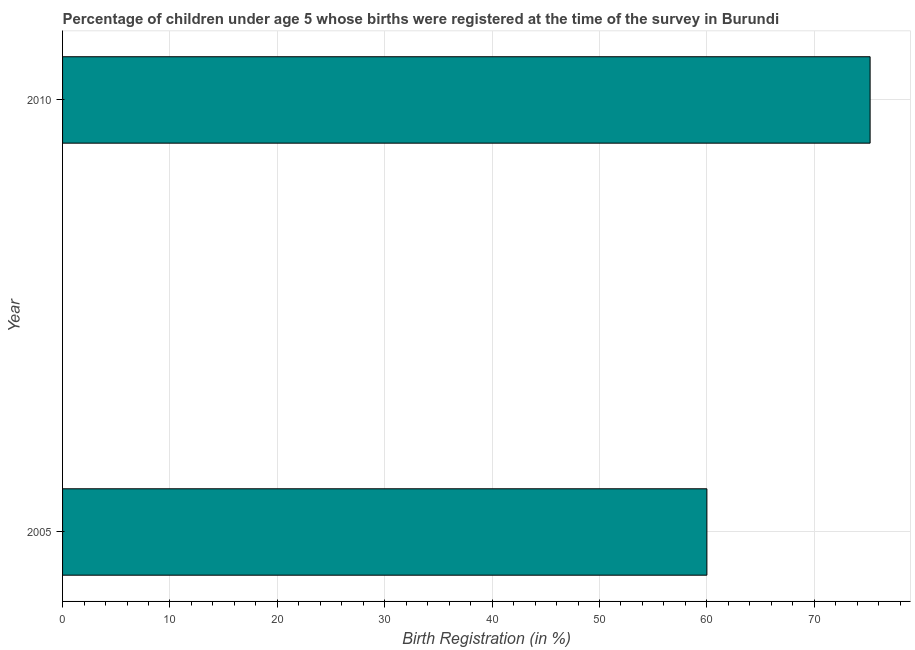
| Year | Birth registration |
 | --- | --- |
 | 2005 | 60 |
 | 2010 | 75.2 |